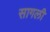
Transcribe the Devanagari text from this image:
सागली